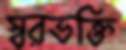
স্বরভক্তি